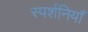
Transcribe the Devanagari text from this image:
स्पर्शनियाँ